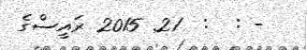
- :  :  21